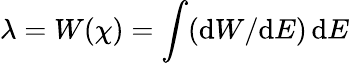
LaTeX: \lambda=W(\chi)=\int(\mathrm{d}W/\mathrm{d}E)\, \mathrm{d}E